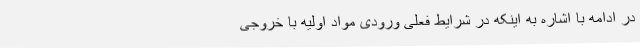
در ادامه با اشاره به اینکه در شرایط فعلی ورودی مواد اولیه با خروجی